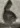
Text: 6